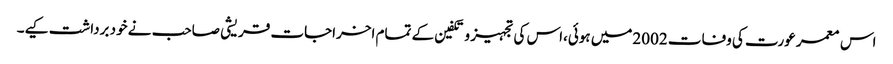
اس معمر عورت کی وفات 2002میں ہوئی،اس کی تجہیز و تکفین کے تمام اخراجات قریشی صاحب نے خود برداشت کیے۔